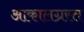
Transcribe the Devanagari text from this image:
आकालग्रस्त